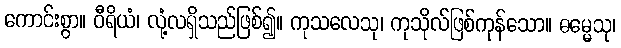
ကောင်းစွာ။ ဝီရိယံ၊ လုံ့လရှိသည်ဖြစ်၍။ ကုသလေသု၊ ကုသိုလ်ဖြစ်ကုန်သော။ ဓမ္မေသု၊